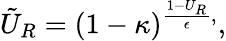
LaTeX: \tilde{U}_{R}=(1-\kappa)^{\frac{1-U_{R}}{\epsilon},},